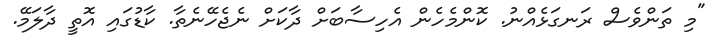
"މި ތަންވެސް ރަނގަޅެއްނު. ކޮންމެހެން އެހިސާބަށް ދާކަށް ނެޖެހޭނެތާ. ކާޑުގައި އޮތީ ދާލަމޭ.